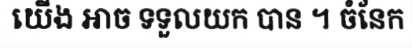
យើង អាច ទទួលយក បាន ។ ចំនែក